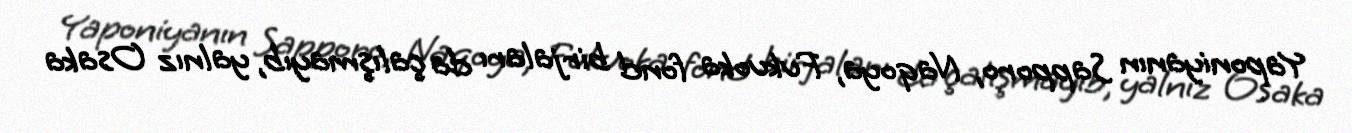
Yaponiyanın Sapporo, Naqoya, Fukuoka fond birjaları da çalışmayıb, yalnız Osaka